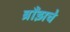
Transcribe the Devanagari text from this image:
ब्राँझचे